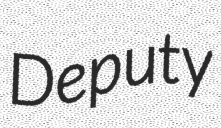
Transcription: Deputy